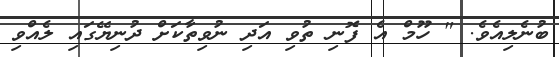
ބުނެލިއެވެ. " ހޫމް އެ ފޮނި ތުވި އަދި ނުވިތާކަށް ދުނިޔޭގައި ލެއްވި